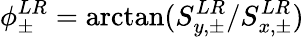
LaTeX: \phi_{\pm}^{LR}=\arctan(S_{y,\pm}^{LR}/S_{x,\pm}^{LR})